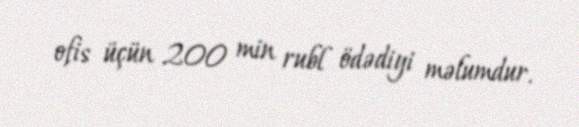
ofis üçün 200 min rubl ödədiyi məlumdur.